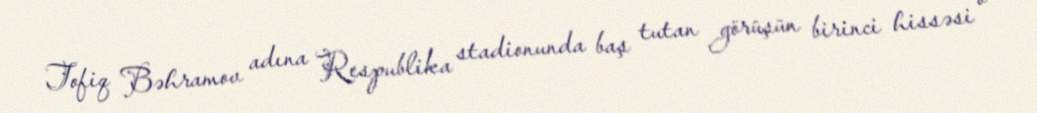
Tofiq Bəhramov adına Respublika stadionunda baş tutan görüşün birinci hissəsi o